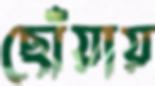
ছোঁয়ায়